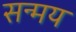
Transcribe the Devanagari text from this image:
सन्मय